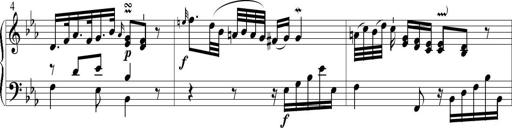
Title: 6 Leichte Sonatinen, Teil 1
Composer: F. Sigismund Sander